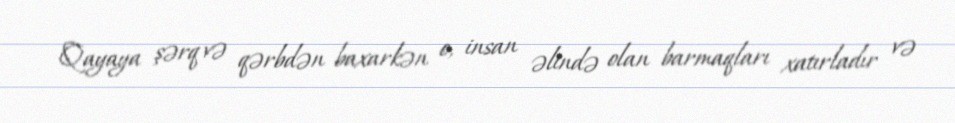
Qayaya şərq və qərbdən baxarkən o, insan əlində olan barmaqları xatırladır və